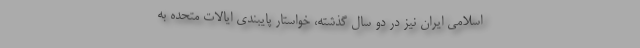
اسلامی ایران نیز در دو سال گذشته، خواستار پایبندی ایالات متحده به